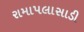
રામાપલાસાડી